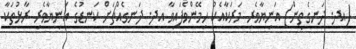
(އދ. ދަނގެތިން) އަނިޔާވެރި މަރަކާއެކު ހިމޭންވެފައިވާ އދ. ދަނގެއްޗަށް ކަނޑުގެ އަނިޔާވެރި ރާޅުތަކާ